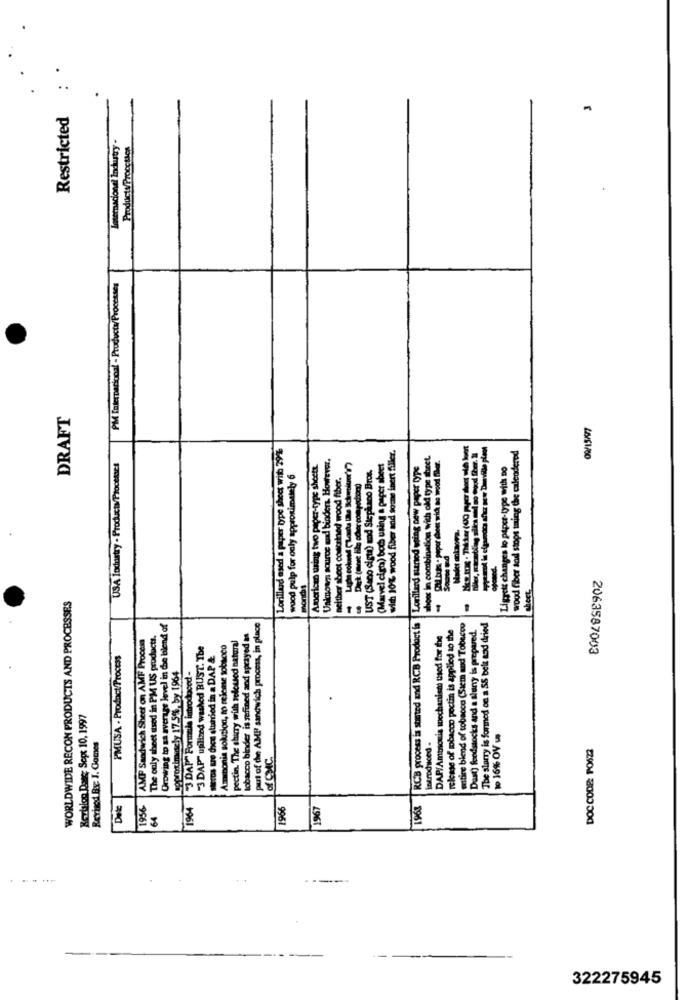
Restricted
Internacional Industry -
Products/Procctics
PM Interparicoal - Products/Processes
DRAFT
Lorillard ased a paper type sheet with 29%
with 10% wood fiber and some inert filler,
wood fiber sod stops taing the calendered
Unknown source und binders. However.
shoes in combination with old type sheet.
USA Industry - Products/Processes
American using two paper-type sheett.
UST (Sano cigta) mod Sicplano Bros.
(Marvel cigo) bom using a paper abeet
RCB process is started and RCB Product is |Lorillard suned wing new peper type
Ligrett changes lo paper-type with Do
wood pulp for only approximately 6
neither aboot coursined wood fiber.
nords
sheet
WORLDWIDE RECON PRODUCTS AND PROCESSES
Orowing to as average level in de blend of
tobacco binder is safined and sprayed as
pui of the AMP sandwich process, in place
release of tobacco pectin is applied to the
entire blend of tobacco (Siem and Tobacco
Dust) foodstocks and a slurry is prepared.
The slurry is formed on a SS bele and dried
AMP Sandwich Sheet on AMF Process
The only theet used in PM US products.
pectin. The sharry with seloused natural
DAP/Ammonia wechanisti used for the
"3 DAP" uplized washed BUST. The
Ammonia sokation, to release tobacco
PMUSA . Product/Process
Bros ue dice sturdied in a DAP &
2063587003
approximately 17.56, by 1964
3 DAP" Pormala introduced -
.
Rovbalon Darse Sept 10, 1997
introduced .
10 16% OV us
Revised Box: J. Gomes
DOC CODE: PO623
of CMC.
1956-
1964
1966
1967
1963
64
----
322275945